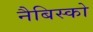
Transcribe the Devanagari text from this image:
नैबिस्को